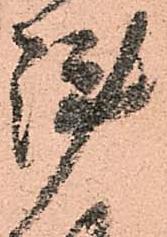
陣